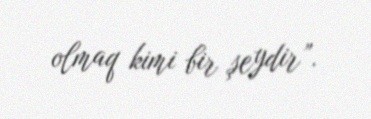
olmaq kimi bir şeydir”.